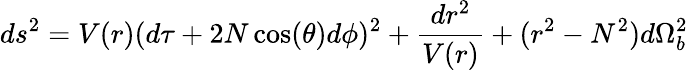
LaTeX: ds^{2}=V(r)(d\tau+2N\cos(\theta)d\phi)^{2}+\frac{dr^{2}}{V(r)}+(r^{2}-N^{2})d\Omega_{b}^{2}